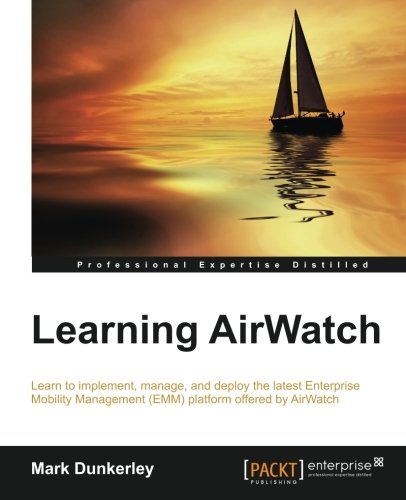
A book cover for Learning AirWatch; Mark Dunkerley; Computers & Technology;